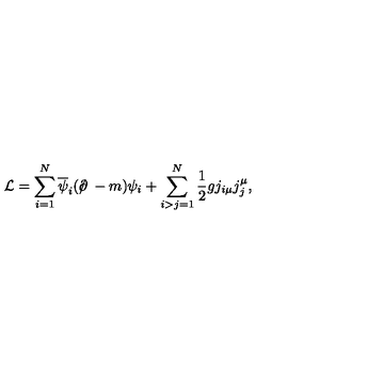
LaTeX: { \cal L } = \sum _ { i = 1 } ^ { N } \overline { { \psi } } _ { i } ( { \ooalign { \hfil / \hfil \crcr \partial } } - m ) \psi _ { i } + \sum _ { i > j = 1 } ^ { N } { \frac { 1 } { 2 } } g j _ { i \mu } j _ { j } ^ { \mu } ,